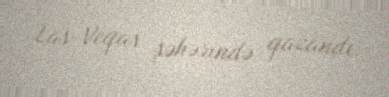
Las-Veqas şəhərində qazandı.